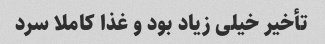
تأخیر خیلی زیاد بود و غذا کاملا سرد